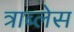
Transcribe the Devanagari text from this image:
त्राब्लेस